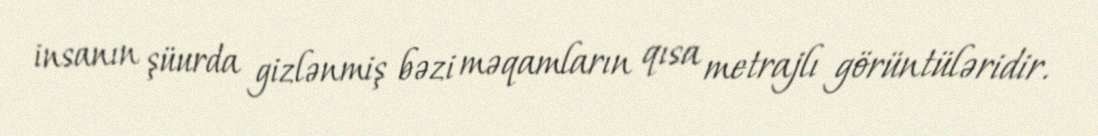
insanın şüurda gizlənmiş bəzi məqamların qısa metrajlı görüntüləridir.